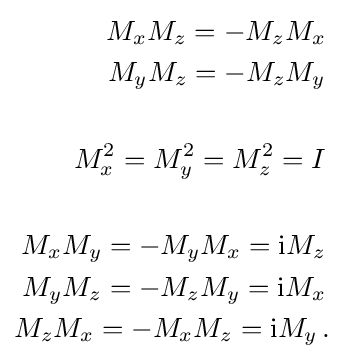
{\begin{aligned}M_{x}M_{z}=-M_{z}M_{x}\,\\M_{y}M_{z}=-M_{z}M_{y}\,\\\\M_{x}^{2}=M_{y}^{2}=M_{z}^{2}=I\,\\\\M_{x}M_{y}=-M_{y}M_{x}={\rm {i}}M_{z}\,\\M_{y}M_{z}=-M_{z}M_{y}={\rm {i}}M_{x}\,\\M_{z}M_{x}=-M_{x}M_{z}={\rm {i}}M_{y}\,.\end{aligned}}